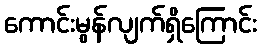
ကောင်းမွန်လျက်ရှိကြောင်း